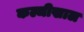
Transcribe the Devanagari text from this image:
कल्जीखाल